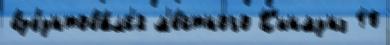
взбунтова́лс'я м'е́стного К'инмунэ 10